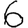
Digit: 6